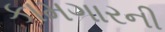
કામગારની